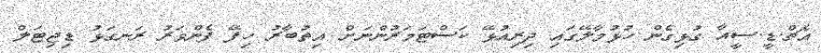
އެޗް.ޑީ.ސީއާ ގުޅިގެން ހުޅުމާލޭގައި ދިރިއުޅޭ ކަސްޓަމަރުންނަށް އިތުބާރު ހިފޭ ފެންވަރު ރަނގަޅު ޑިޖިޓަލް